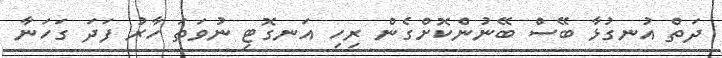
ދަތް އުނގުޅާ ބޭސް ބޭނުންކޮށްގެން ރިހި އަނގޮޓި ނުވަތަ ހާރު ފަދަ ގަހަނާ